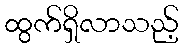
ထွက်ရှိလာသည့်